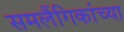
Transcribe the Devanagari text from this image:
समलैंगिकांच्या